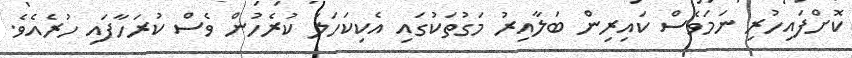
ކޮށްފައިހުރި ނަމަވެސް ކައިރިން ބަލާއިރު މަގުތަކުގައި އެކިކަހަލަ ކުރެހުން ވެސް ކުރަހާފައި ހުރެއެވެ.